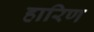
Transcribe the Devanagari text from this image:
हारिण